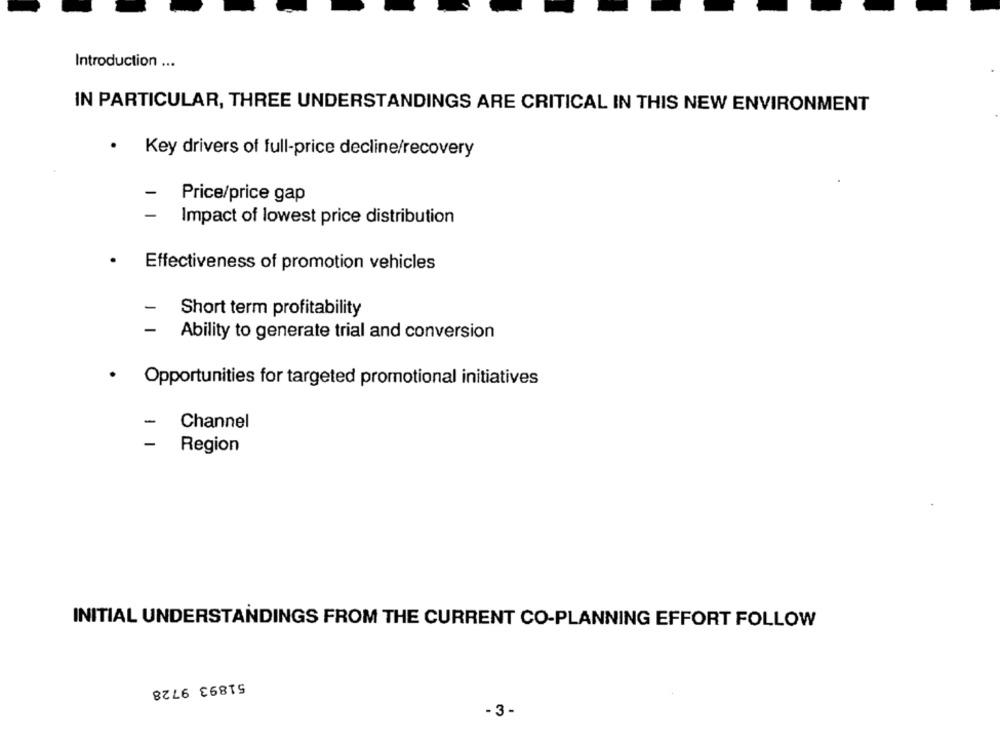
Introduction ...
IN PARTICULAR, THREE UNDERSTANDINGS ARE CRITICAL IN THIS NEW ENVIRONMENT
· Key drivers of full-price decline/recovery
Price/price gap
-
Impact of lowest price distribution
.
Effectiveness of promotion vehicles
Short term profitability
Ability to generate trial and conversion
· Opportunities for targeted promotional initiatives
-
Channel
Region
INITIAL UNDERSTANDINGS FROM THE CURRENT CO-PLANNING EFFORT FOLLOW
51893 9728
- 3 -